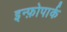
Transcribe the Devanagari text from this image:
इन्फ़ोपार्क